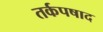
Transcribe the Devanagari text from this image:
तर्कपषाद